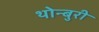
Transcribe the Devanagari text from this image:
थोन्बुरी